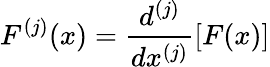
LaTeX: F^{(j)}(x)={\frac{d^{(j)}}{dx^{(j)}}}[F(x)]